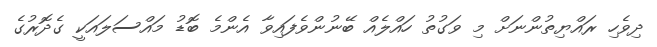
ދިވެހި ރައްޔިތުންނަށް މި ވަގުތު ހައްލެއް ބޭނުންވެފައިވާ އެންމެ ބޮޑު މަައްސަލައަކީ ގެދޮރުގެ